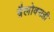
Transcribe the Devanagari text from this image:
त्रैलोक्यही